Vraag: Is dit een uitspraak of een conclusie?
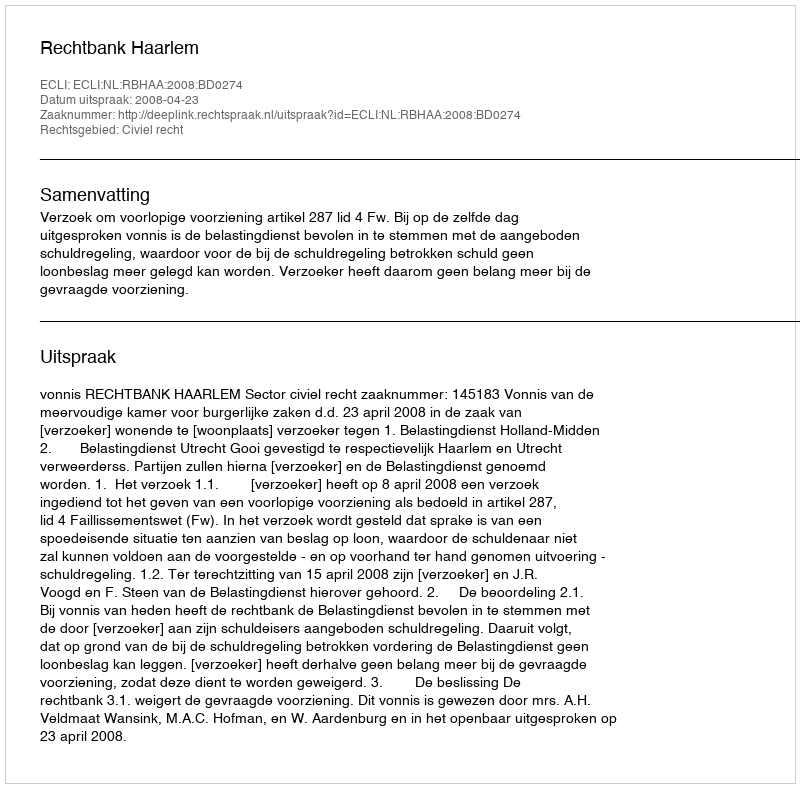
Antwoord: Uitspraak